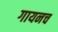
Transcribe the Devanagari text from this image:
गायनच